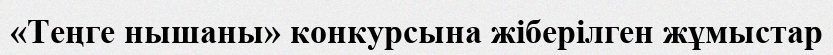
«Теңге нышаны» конкурсына жіберілген жұмыстар